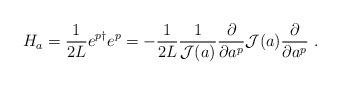
LaTeX: \begin{align*}H_a = \frac{1}{2L} e^{p \dagger} e^p = - \frac{1}{2L}\frac{1}{{\cal J}(a)} \frac{\partial}{\partial a^p} {\cal J}(a)\frac{\partial}{\partial a^p} \ .\end{align*}